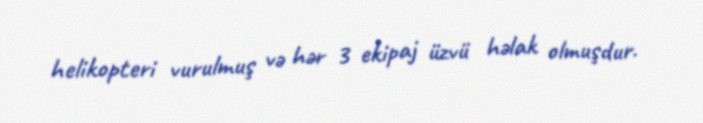
helikopteri vurulmuş və hər 3 ekipaj üzvü həlak olmuşdur.